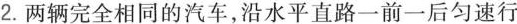
2.两辆完全相同的汽车，沿水平直路一前一后匀速行